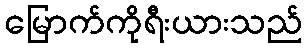
မြောက်ကိုရီးယားသည်